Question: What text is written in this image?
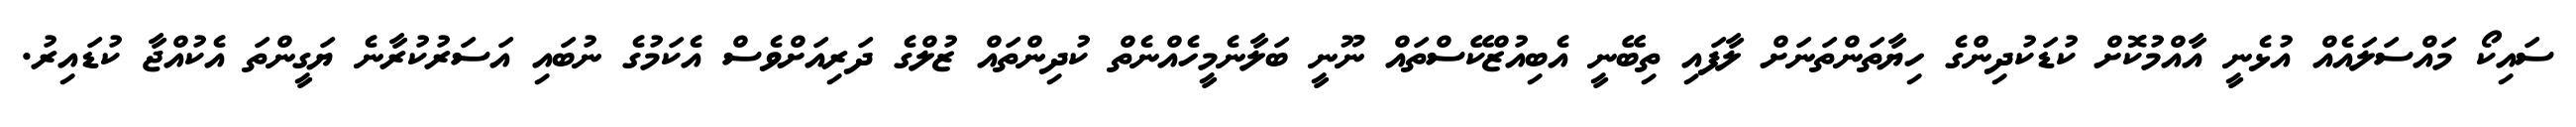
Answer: ސައިކޯ މައްސަލައެއް އުޅެނީ އާއްމުކޮށް ކުޑަކުދިންގެ ހިޔާތަންތަނަށް ލާފައި ތިބޭނީ އެބިއުޒްކޭސްތައް ނޫނީ ބަލާނެމީހެއްނެތް ކުދިންތައް ޒުލްގެ ދަރިއަށްވެސް އެކަމުގެ ނުބައި އަސަރުކުރާނެ ޔަގީންތަ އެކުއްޖާ ކުޑައިރު.